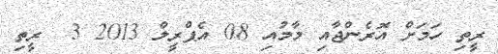
ރީތި ހަމަށް އޮރެންޖާއި މާމުއި 08 އެޕްރީލް 2013 3  ރީތި